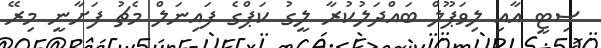
ސިޓީ އާއި ލިވަޕޫލް ބައްދަލުކުރާ ލީގު ކަޕްގެ ފައިނަލް މެޗު ފަށާނީ މިރޭ